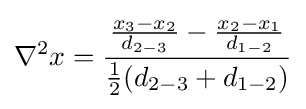
\nabla ^{2}x={\frac {{\frac {x_{3}-x_{2}}{d_{2-3}}}-{\frac {x_{2}-x_{1}}{d_{1-2}}}}{{\frac {1}{2}}(d_{2-3}+d_{1-2})}}